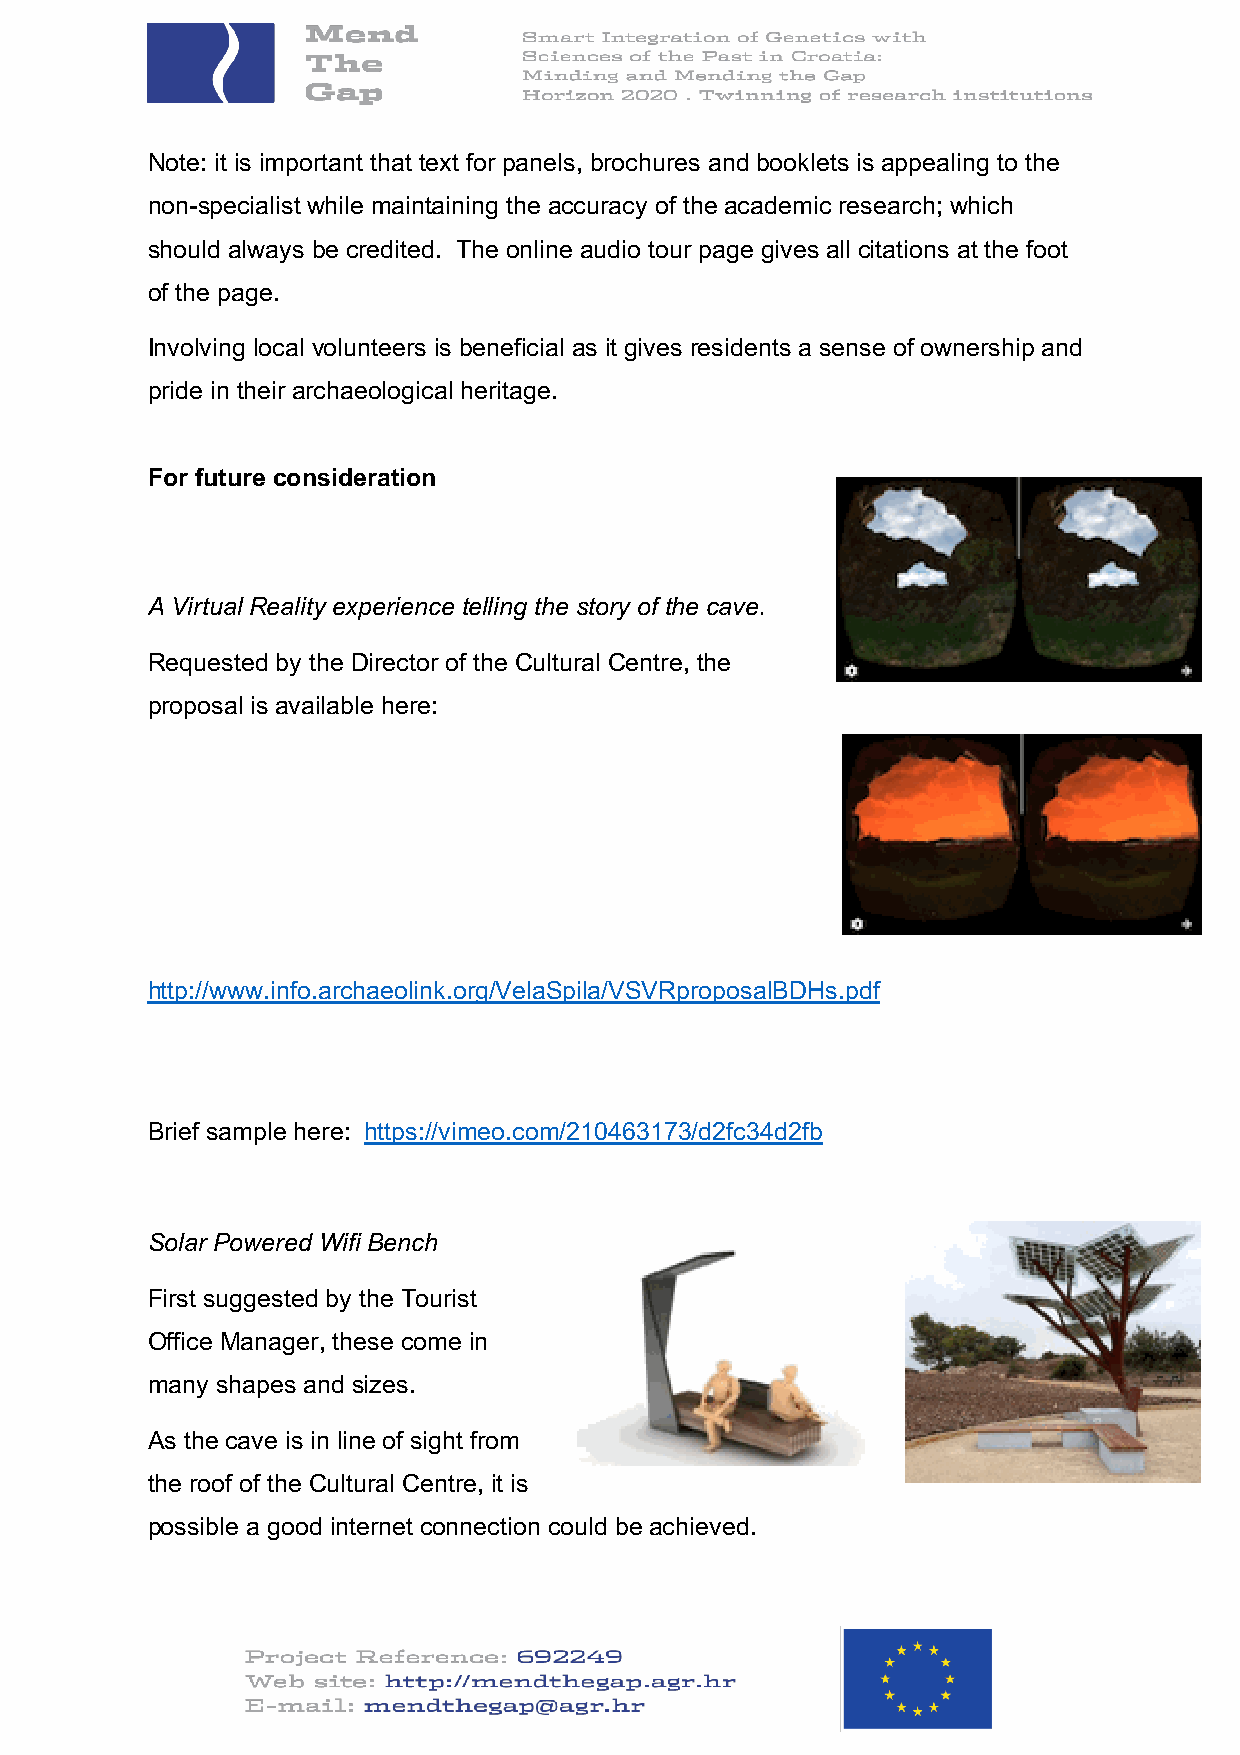
Note: it is important that text for panels, brochures and booklets is appealing to the
 non-specialist while maintaining the accuracy of the academic research; which
 should always be credited. The online audio tour page gives all citations at the foot
 of the page.
 Involving local volunteers is beneficial as it gives residents a sense of ownership and
 pride in their archaeological heritage.
 For future consideration
 A Virtual Reality experience telling the story of the cave.
 Requested by the Director of the Cultural Centre, the
 proposal is available here:
 http://www.info.archaeolink.org/VelaSpila/VSVRproposalBDHs.pdf
 Brief sample here: https://vimeo.com/210463173/d2fc34d2fb
 Solar Powered Wifi Bench
 First suggested by the Tourist
 Office Manager, these come in
 many shapes and sizes.
 As the cave is in line of sight from
 the roof of the Cultural Centre, it is
 possible a good internet connection could be achieved.